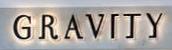
gravity